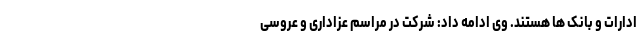
ادارات و بانک ها هستند. وی ادامه داد: شرکت در مراسم عزاداری و عروسی